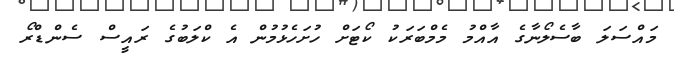
މައްސަލަ ބާސެލޯނާގެ އާއްމު މެމްބަރަކު ކޯޓަށް ހުށަހެޅުމުން އެ ކްލަބުގެ ރައީސް ސެންޑްރޯ